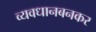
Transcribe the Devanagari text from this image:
व्यवधानबनकर